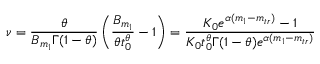
\nu = \frac { \theta } { B _ { m _ { 1 } } \Gamma ( 1 - \theta ) } \left( \frac { B _ { m _ { 1 } } } { \theta t _ { 0 } ^ { \theta } } - 1 \right) = \frac { K _ { 0 } e ^ { \alpha ( m _ { 1 } - m _ { t r } ) } - 1 } { K _ { 0 } t _ { 0 } ^ { \theta } \Gamma ( 1 - \theta ) e ^ { \alpha ( m _ { 1 } - m _ { t r } ) } }